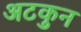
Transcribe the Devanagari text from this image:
अटकुन